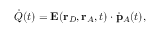
\dot { Q } ( t ) = \mathbf { E } ( \mathbf { r } _ { D } , \mathbf { r } _ { A } , t ) \cdot \dot { \mathbf { p } } _ { A } ( t ) ,